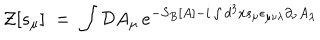
LaTeX: { \mathcal Z } [ s _ { \mu } ] \; = \; \int { \mathcal D } A _ { \mu } \, e ^ { - S _ { B } [ A ] - i \int d ^ { 3 } x s _ { \mu } \epsilon _ { \mu \nu \lambda } \partial _ { \nu } A _ { \lambda } }